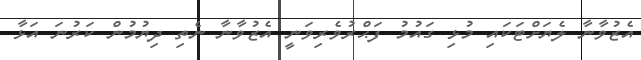
އެޒުވާނާ ލެޔަށްޓަކައި މުޅި ގައުމު ފަޙްރުވެރިވަނީ އެޒުވާނާ ނެތި ދިޔުމުން ކަރުނަ އަޅާ